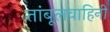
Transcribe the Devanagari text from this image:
तांबूलवाहिनी